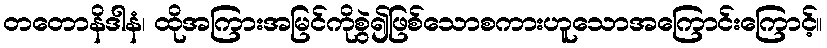
တတောနိဒါနံ၊ ထိုအကြားအမြင်ကိုစွဲ၍ဖြစ်သောစကားဟူသောအကြောင်းကြောင့်။